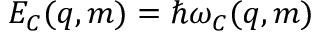
E _ { C } ( q , m ) = \hbar \omega _ { C } ( q , m )